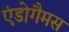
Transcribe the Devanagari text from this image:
एंडोगैमस